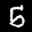
Label: 5